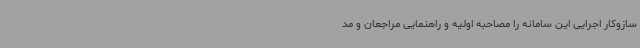
سازوکار اجرایی این سامانه را مصاحبه اولیه و راهنمایی مراجعان و مد